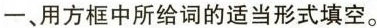
一、用方框中所给词的适当形式填空。